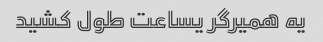
یه همیرگر یساعت طول کشید